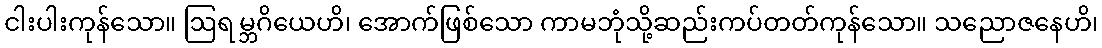
ငါးပါးကုန်သော။ ဩရမ္ဘဂိယေဟိ၊ အောက်ဖြစ်သော ကာမဘုံသို့ဆည်းကပ်တတ်ကုန်သော။ သညောဇနေဟိ၊